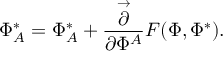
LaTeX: \Phi _ { A } ^ { * } = \Phi _ { A } ^ { * } + \frac { \stackrel { \rightarrow } { \partial } } { \partial \Phi ^ { A } } F ( \Phi , \Phi ^ { * } ) .